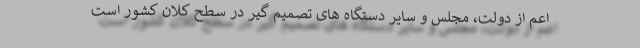
اعم از دولت، مجلس و سایر دستگاه های تصمیم گیر در سطح کلان کشور است‌